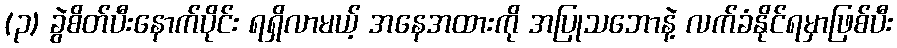
(၃) ခွဲစိတ်ပီးနောက်ပိုင်း ရရှိလာမယ့် အနေအထားကို အပြုသဘောနဲ့ လက်ခံနိုင်ရမှာဖြစ်ပီး